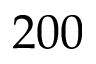
2 0 0